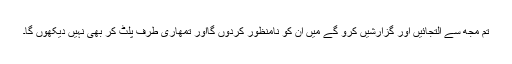
تم مجھ سے التجائیں اور گزارشیں کرو گے میں ان کو نامنظور کردوں گااور تمھاری طرف پلٹ کر بھی نہیں دیکھوں گا۔